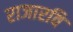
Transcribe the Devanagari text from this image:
राजारवि